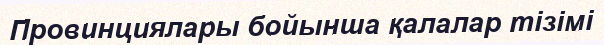
Провинциялары бойынша қалалар тізімі